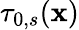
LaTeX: \tau_{0,s}(\mathbf{x})